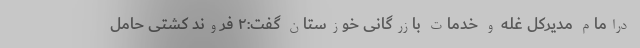
درامام مدیرکل غله و خدمات بازرگانی خوزستان گفت:۲ فروند کشتی حامل